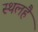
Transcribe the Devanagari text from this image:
स्थलहै